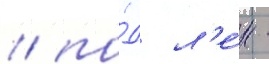
/ по́д л'е́н -